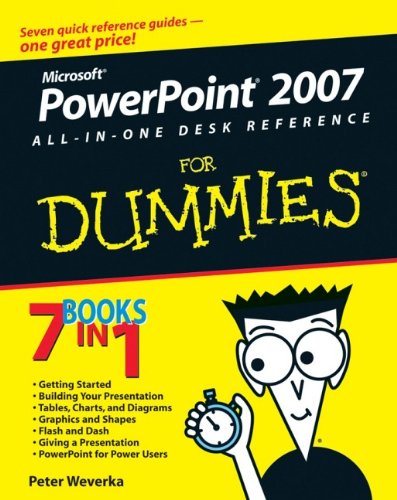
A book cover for PowerPoint 2007 All-in-One Desk Reference For Dummies; Peter Weverka; Computers & Technology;